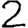
Digit: 2